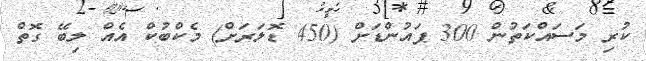
ކުރި މަސައްކަތުން 300 ޕައުންޑަށް (450 ޑޮލަރަށް) މެކްބުކް އެއް ލިބޭ ގޮތް